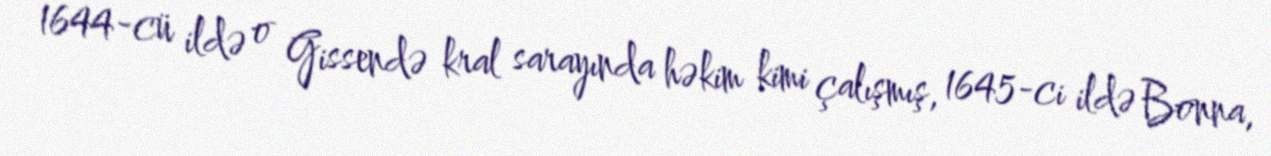
1644-cü ildə o Gissendə kral sarayında həkim kimi çalışmış, 1645-ci ildə Bonna,